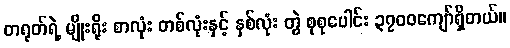
တရုတ်ရဲ့ မျိုးရိုး စာလုံး တစ်လုံးနှင့် နှစ်လုံး တွဲ စုစုပေါင်း ၃၇၀၀ကျော်ရှိတယ်။